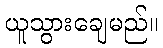
ယူသွားချေမည်။